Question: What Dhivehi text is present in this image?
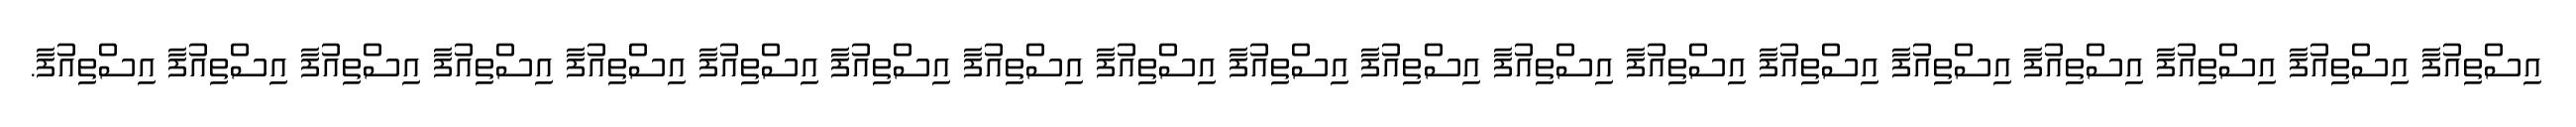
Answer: އިސްތިއުފާ އިސްތިއުފާ އިސްތިއުފާ އިސްތިއުފާ އިސްތިއުފާ އިސްތިއުފާ އިސްތިއުފާ އިސްތިއުފާ އިސްތިއުފާ އިސްތިއުފާ އިސްތިއުފާ އިސްތިއުފާ އިސްތިއުފާ އިސްތިއުފާ އިސްތިއުފާ އިސްތިއުފާ އިސްތިއުފާ އިސްތިއުފާ އިސްތިއުފާ.